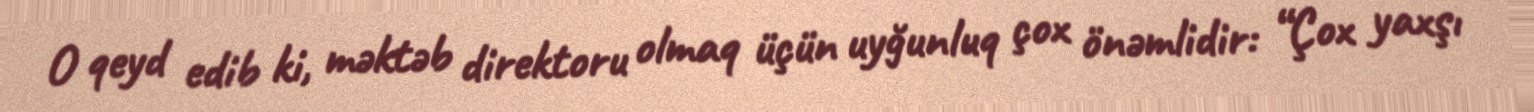
O qeyd edib ki, məktəb direktoru olmaq üçün uyğunluq çox önəmlidir: “Çox yaxşı